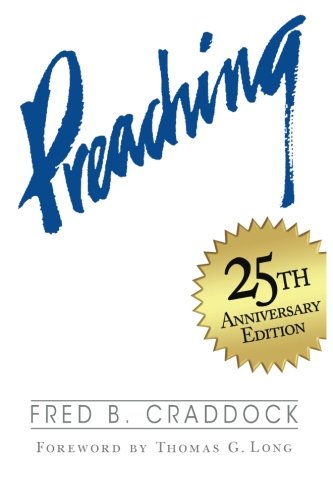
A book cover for Preaching; Fred B. Craddock; Christian Books & Bibles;